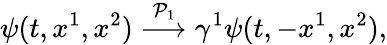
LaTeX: \psi(t,x^{1},x^{2})\stackrel{{\cal P}_{1}}{\longrightarrow}\gamma^{1}\psi(t,-x^{1},x^{2}),